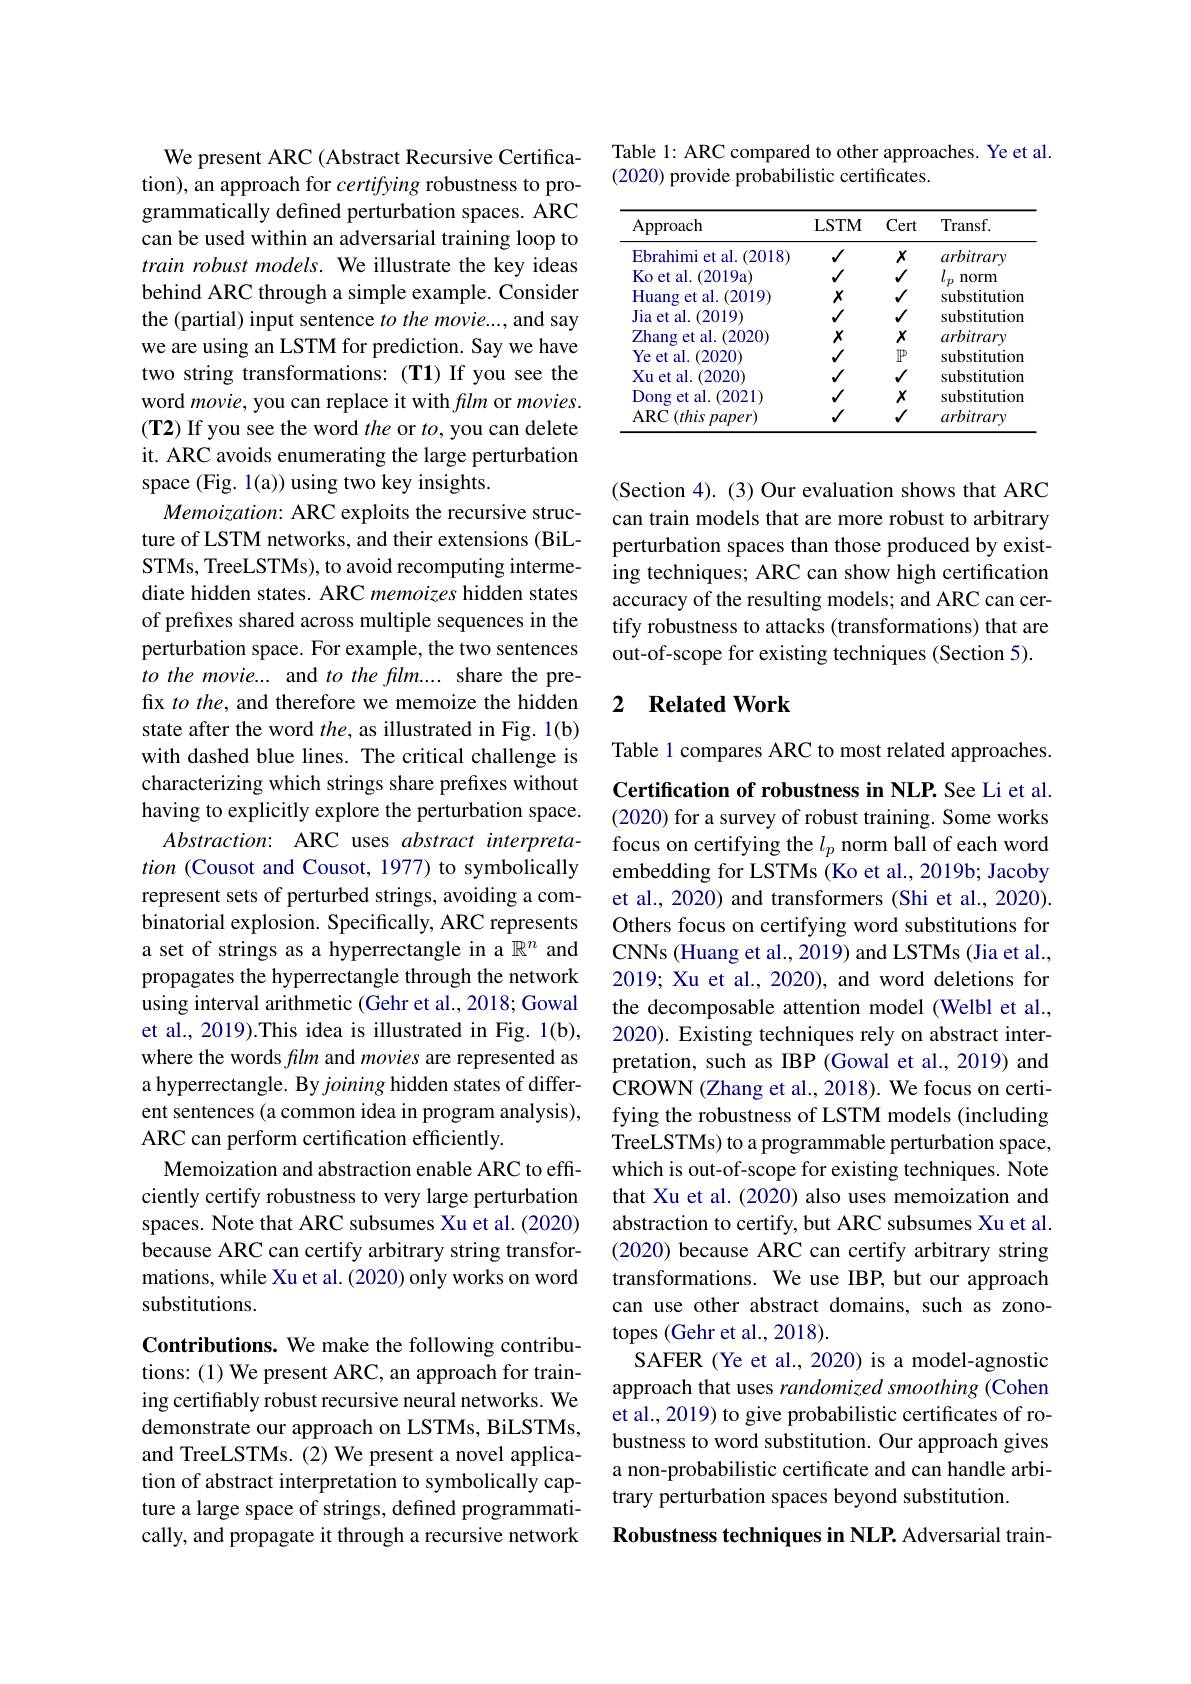
We present ARC (Abstract Recursive Certification), an approach for certifying robustness to programmatically defined perturbation spaces. ARC can be used within an adversarial training loop to train robust models. We illustrate the key ideas behind ARC through a simple example. Consider the (partial) input sentence to the movie..., and say we are using an LSTM for prediction. Say we have two string transformations: (T1) If you see the word movie, you can replace it with flm or movies. (T2) If you see the word the or $to$, you can delete it. ARC avoids enumerating the large perturbation space (Fig. 1(a)) using two key insights.
Memoization: ARC exploits the recursive structure of LSTM networks, and their extensions (BiLSTMs, TreeLSTMs), to avoid recomputing intermediate hidden states. ARC memoizes hidden states of prefixes shared across multiple sequences in the perturbation space. For example, the two sentences to the movie... and to the film.... share the prefix to the, and therefore we memoize the hidden state after the word $the$, as illustrated in Fig. 1(b) with dashed blue lines. The critical challenge is characterizing which strings share prefixes without having to explicitly explore the perturbation space. Abstraction: ARC uses abstract interpretation (Cousot and Cousot, 1977) to symbolically represent sets of perturbed strings, avoiding a combinatorial explosion. Specifically, ARC represents a set of strings as a hyperrectangle in a $\mathbb{R}^n$ and propagates the hyperrectangle through the network using interval arithmetic (Gehr et al., 2018; Gowal et al., 2019).This idea is illustrated in Fig. 1(b), where the words film and movies are represented as a hyperrectangle. By joining hidden states of different sentences (a common idea in program analysis), ARC can perform certification efficiently.
Memoization and abstraction enable ARC to efficiently certify robustness to very large perturbation spaces. Note that ARC subsumes Xu et al.(2020) because ARC can certify arbitrary string transformations, while Xu et al. (2020) only works on word substitutions.
Contributions. We make the following contributions: (1) We present ARC, an approach for train-

ing certifiably robust recursive neural networks. We demonstrate our approach on LSTMs, BiLSTMs, and TreeLSTMs.(2) We present a novel application of abstract interpretation to symbolically capture a large space of strings, defined programmatically, and propagate it through a recursive network

Table 1: ARC compared to other approaches. Ye et al.
(2020) provide probabilistic certificates.

<table>
	<tbody>
		<tr>
			<th>Approach</th>
			<th>LSTM</th>
			<th>Cert</th>
			<th>Transf.</th>
		</tr>
		<tr>
			<td>Ebrahimi et al. (2018</td>
			<td>$√$</td>
			<td>$X$</td>
			<td>arbitrary</td>
		</tr>
		<tr>
			<td>Zhang et al. $(2020^{\circ}$</td>
			<td>$X$</td>
			<td>$X$</td>
			<td>arbitrary</td>
		</tr>
		<tr>
			<td>Ye et al. (2020)</td>
			<td>$√$</td>
			<td>$\mathbb{P}$</td>
			<td>substitution</td>
		</tr>
		<tr>
			<td>Xu et al. 1.(2020)</td>
			<td>$√$</td>
			<td>$√$</td>
			<td>substitution</td>
		</tr>
		<tr>
			<td>Dong et al. (2021)</td>
			<td>$√$</td>
			<td>$X$</td>
			<td>substitution</td>
		</tr>
		<tr>
			<td>$ARC$ $(this$ $paper)$ 1</td>
			<td>$√$</td>
			<td>$√$</td>
			<td>arbitrary</td>
		</tr>
	</tbody>
</table>

(Section 4). (3) Our evaluation shows that ARC can train models that are more robust to arbitrary perturbation spaces than those produced by existing techniques; ARC can show high certification accuracy of the resulting models; and ARC can certify robustness to attacks (transformations) that are out-of-scope for existing techniques (Section 5).

### 2 $\textbf{Related Work}$

Table 1 compares ARC to most related approaches. Certification of robustness in NLP. See Li et al. (2020) for a survey of robust training. Some works focus on certifying the $l_p$ norm ball of each word embedding for LSTMs (Ko et al., 2019b; Jacoby et al., 2020) and transformers (Shi et al., 2020). Others focus on certifying word substitutions for CNNs (Huang et al., 2019) and LSTMs (Jia et al., 2019; Xu et al., 2020), and word deletions for the decomposable attention model (Welbl et al., 2020). Existing techniques rely on abstract interpretation, such as IBP (Gowal et al., 2019) and CROWN (Zhang et al., 2018). We focus on certifying the robustness of LSTM models (including TreeLSTMs) to a programmable perturbation space, which is out-of-scope for existing techniques. Note that Xu et al. (2020) also uses memoization and abstraction to certify, but ARC subsumes Xu et al. (2020) because ARC can certify arbitrary string transformations. We use IBP, but our approach can use other abstract domains, such as zonotopes (Gehr et al., 2018).
SAFER (Ye et al., 2020) is a model-agnostic approach that uses randomized smoothing (Cohen et al., 2019) to give probabilistic certificates of robustness to word substitution. Our approach gives a non-probabilistic certificate and can handle arbitrary perturbation spaces beyond substitution.
Robustness techniques in NLP. Adversarial train-